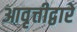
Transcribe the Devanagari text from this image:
आवृत्तीद्वारे